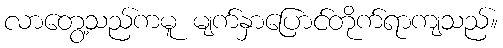
လာတွေ့သည်ကမူ မျက်နှာပြောင်တိုက်ရာကျသည်။